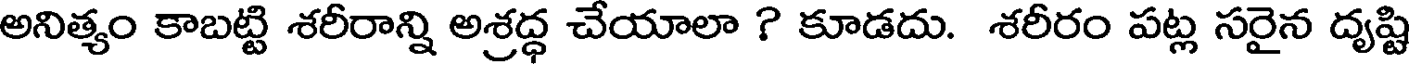
అనిత్యం కాబట్టి శరీరాన్ని అశ్రద్ధ చేయాలా ? కూడదు. శరీరం పట్ల సరైన దృష్టి